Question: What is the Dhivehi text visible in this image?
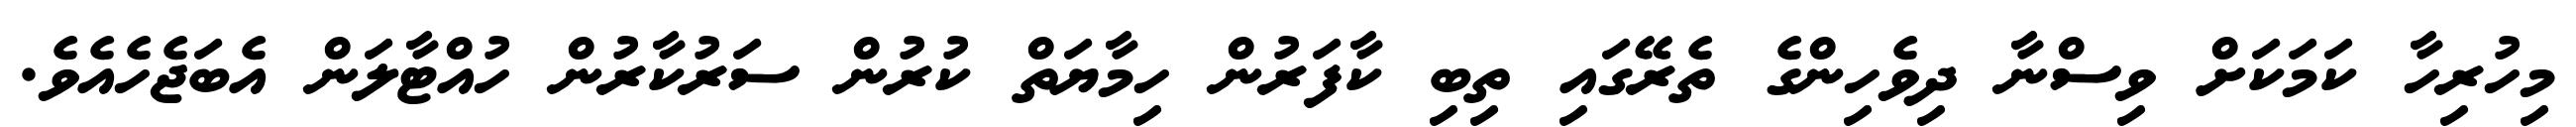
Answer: މިހުރިހާ ކަމަކަށް ވިސްނާ ދިވެހިންގެ ތެރޭގައި ތިބި ކާފަރުން ހިމާޔަތް ކުރުން ސަރުކާރުން ހުއްޓާލަން އެބަޖެހެއެވެ.